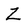
Character: Z